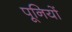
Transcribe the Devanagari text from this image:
पूनियों